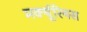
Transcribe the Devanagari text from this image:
मर्क्यूरियस